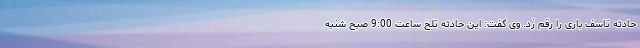
حادثه تاسف باری را رقم زد. وی گفت: این حادثه تلخ ساعت 9:00 صبح شنبه